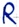
Text: R